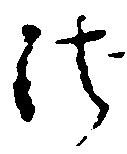
法